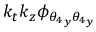
k _ { t } k _ { z } \phi _ { { \theta _ { 4 } } _ { y } { \theta _ { 4 } } _ { y } }